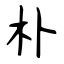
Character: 朴